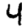
Digit: 4